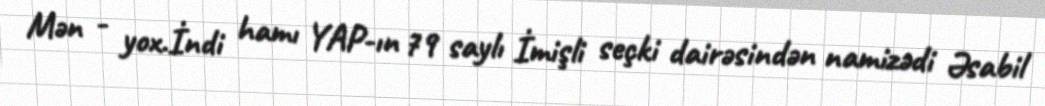
Mən - yox.İndi hamı YAP-ın 79 saylı İmişli seçki dairəsindən namizədi Əsabil